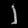
Digit: ၂